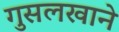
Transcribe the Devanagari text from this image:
गुसलखाने